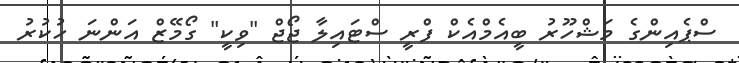
ސްޕެއިންގެ މަޝްހޫރު ބީއެމްއެކް ފްރީ ސްޓައިލާ ޖޯޖް "ވިކީ" ގޯމޭޒް އަންނަ ހުކުރު